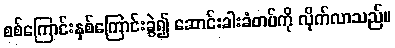
စစ်ကြောင်းနှစ်ကြောင်းခွဲ၍ ဆောင်းခါးခံတပ်ကို လိုက်လာသည်။